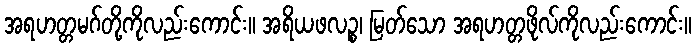
အရဟတ္တမဂ်တို့ကိုလည်းကောင်း။ အရိယဖလဉ္စ၊ မြတ်သော အရဟတ္တဖိုလ်ကိုလည်းကောင်း။